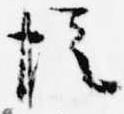
従